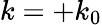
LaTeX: k=+k_{0}